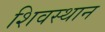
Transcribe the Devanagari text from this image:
शिवस्थान